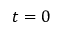
t = 0